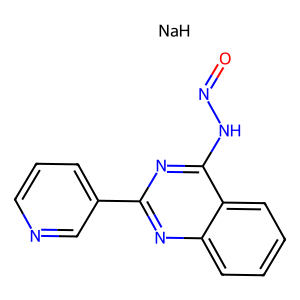
SMILES: O=NNc1nc(-c2cccnc2)nc2ccccc12.[NaH]
Inhibits HIV replication: No